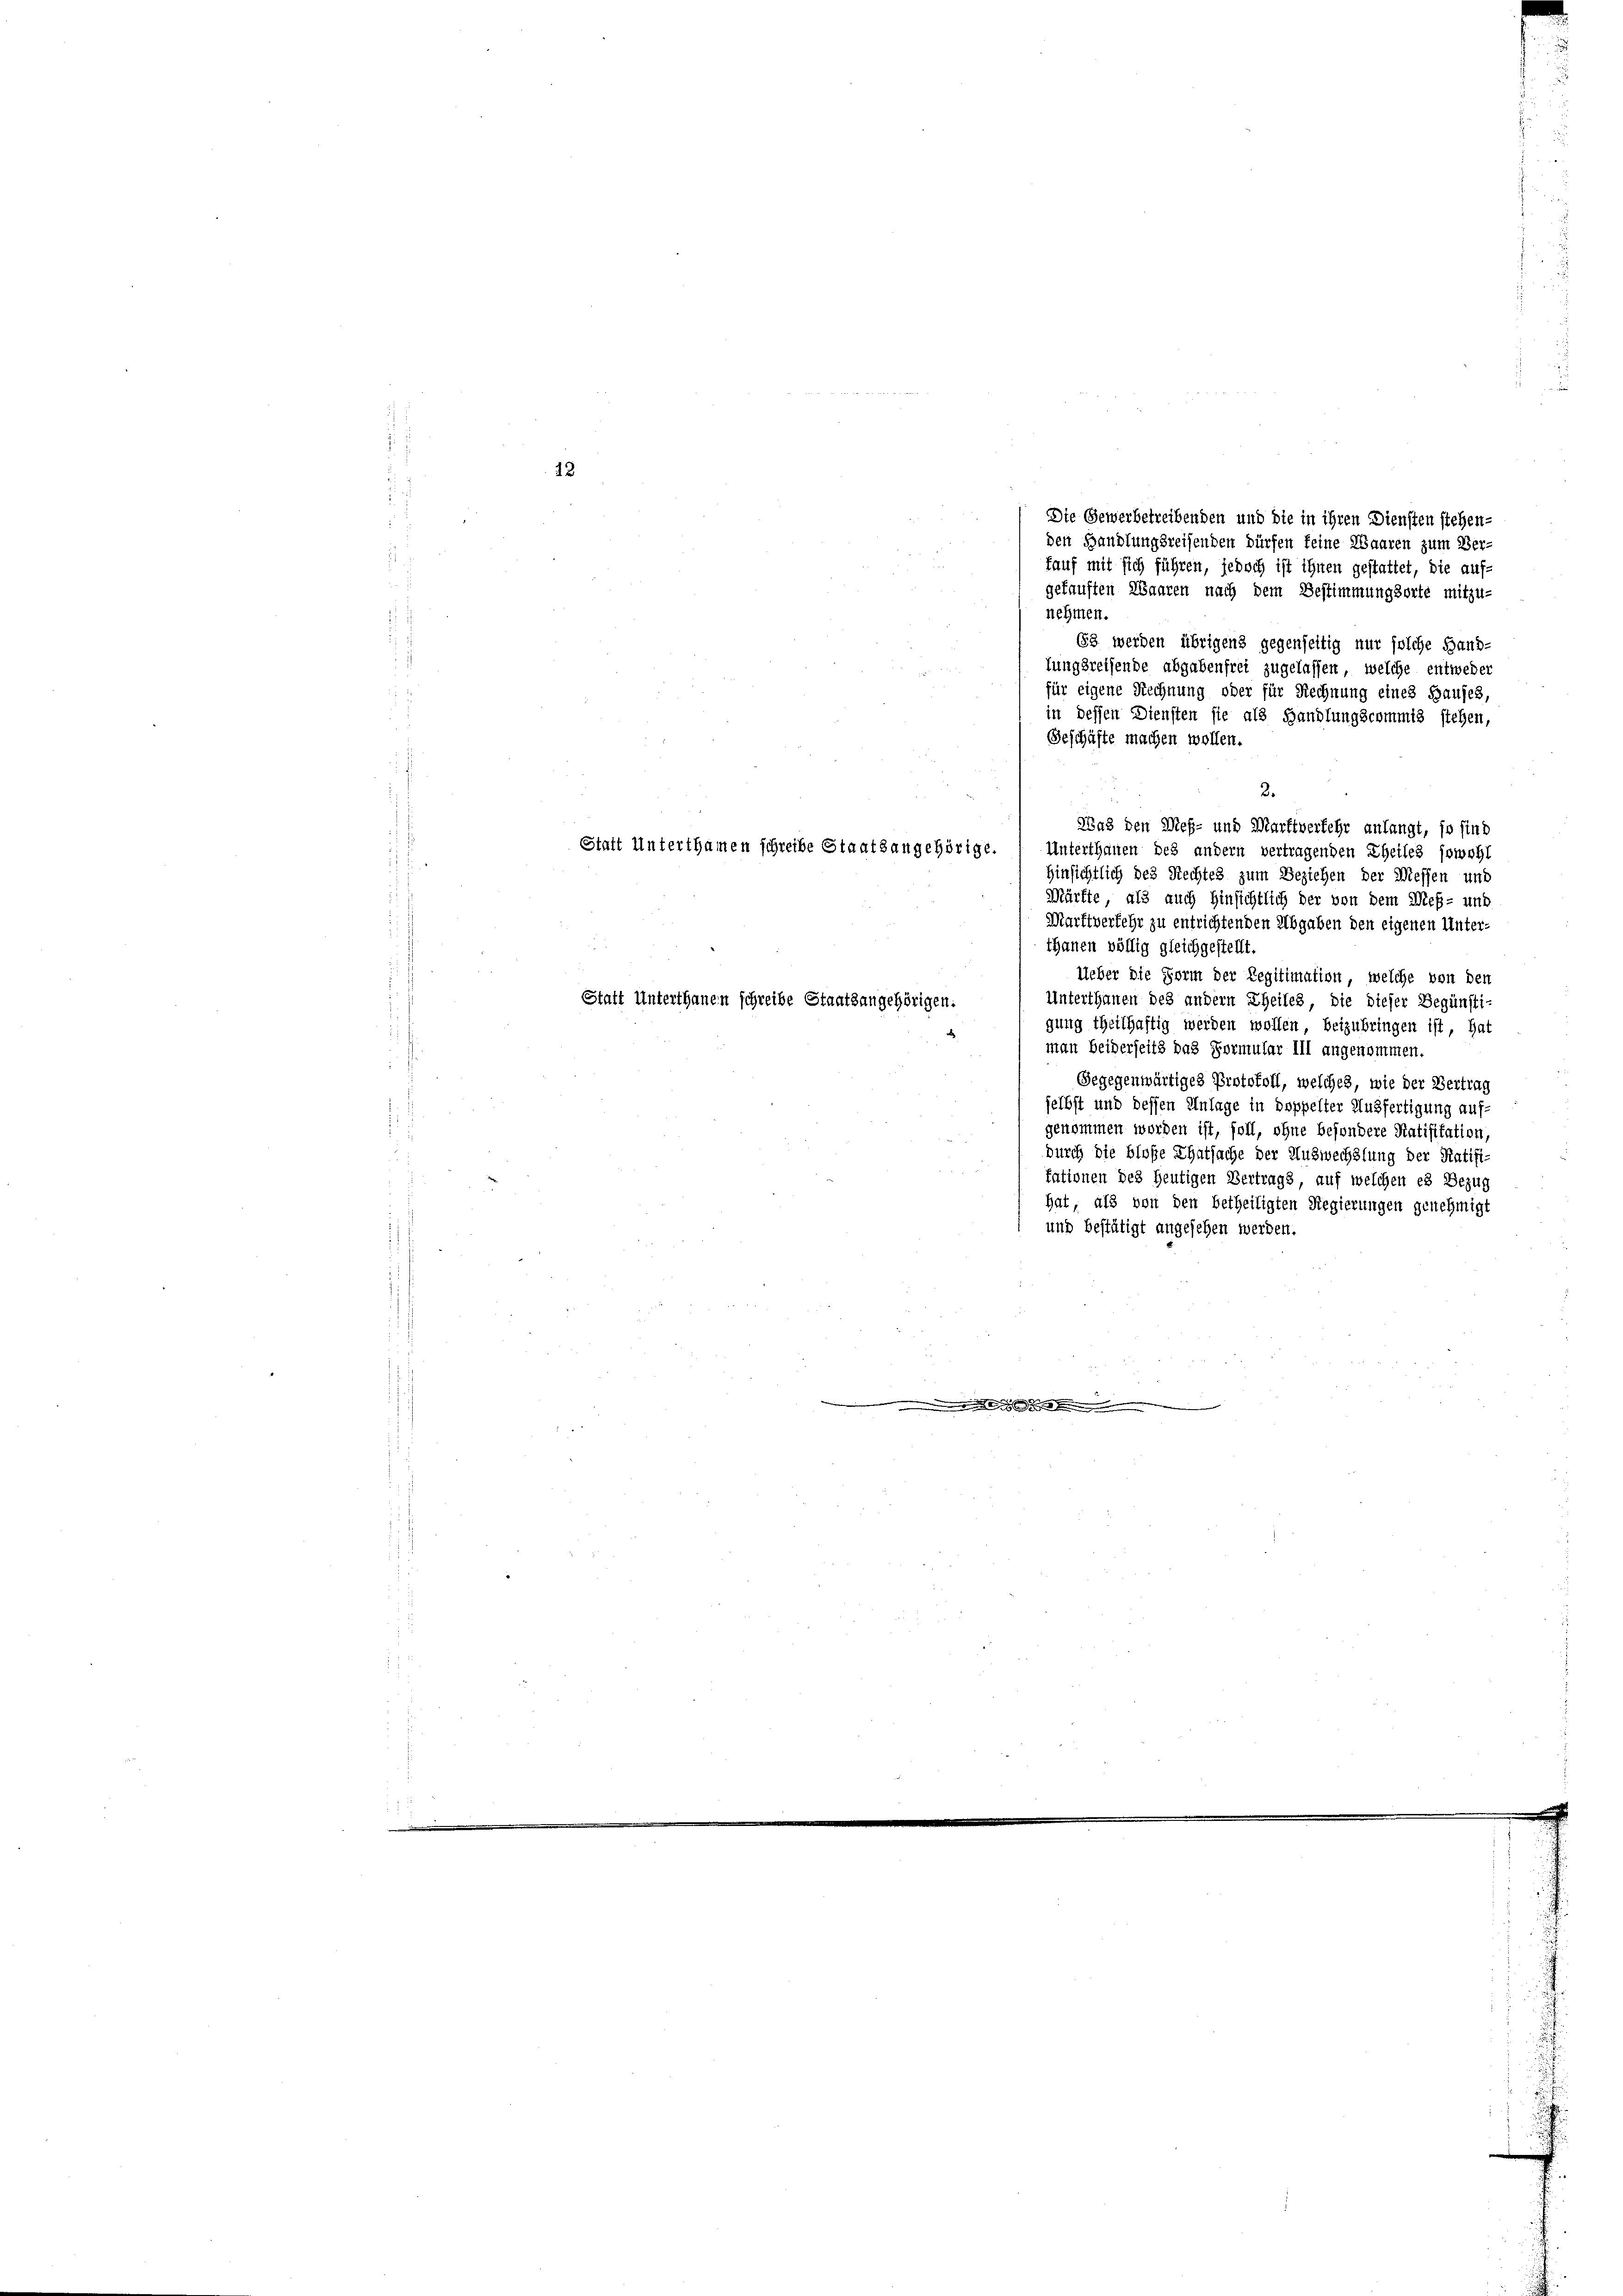
Statt Unterthamen schreibe Staatsangehörige.

Die Gewerbetreibenden und die in ihren Diensten stehen-
den Handlungsreisenden dürfen feine Waaren zum Ver-
Lauf mit sich führen, jedoch ist ihnen gestattet, die auf-
gekauften Waaren nach dem Bestimmungsorte mitzu-
nehmen.
63 werden übrigens gegenseitig nur solche Hand-
lungsreisende abgabenfrei zugelassen, welche entweder
für eigene Rechnung oder für Rechnung eines Hauses,
in dessen Diensten sie als Handlungscommis stehen,
Geschäfte machen wollen.
3.
Was den Meß- und Marktverfehr anlangt, so sind
Unterthanen des andern vertragenden Theiles sowohl
Hinsichtlich des Rechtes zum Beziehen der Messen und
Mürfte, als auch hinsichtlich der von dem Meß- und
Marftverfehr zu entrichtenden Abgaben den eigenen Unter-
thanen völlig gleichgestellt.
Ueber die Form der Legitimation, welche von den
Unterthanen des andern Theiles, die dieser Begünsti-
Statt Unterthanen schreibe Staatsangehörigen.
gung theilhaftig werden wollen, beizubringen ist, hat
man beiderseits das Formular III angenommen.
Gegegenwärtiges Protokoll, welches, wie der Vertrag
jelbst und dessen Anlage in doppelter Ausfertigung auf-
genommen worden ist, soll, ohne besondere Ratifikation
durch die blose Thatsache der Auswechslung der Ratifi-
tationen des heutigen Vertrags, auf welchen es Bezug
hat, als von den betheiligten Regierungen genehmigt
und bestätigt angesehen werden.

.